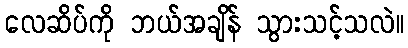
လေဆိပ်ကို ဘယ်အချိန် သွားသင့်သလဲ။